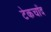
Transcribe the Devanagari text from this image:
टेकचाँद